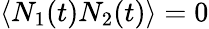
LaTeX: \langle N_{1}(t)N_{2}(t)\rangle=0